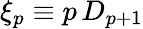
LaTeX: \xi_{p}\equiv p\, D_{p+1}